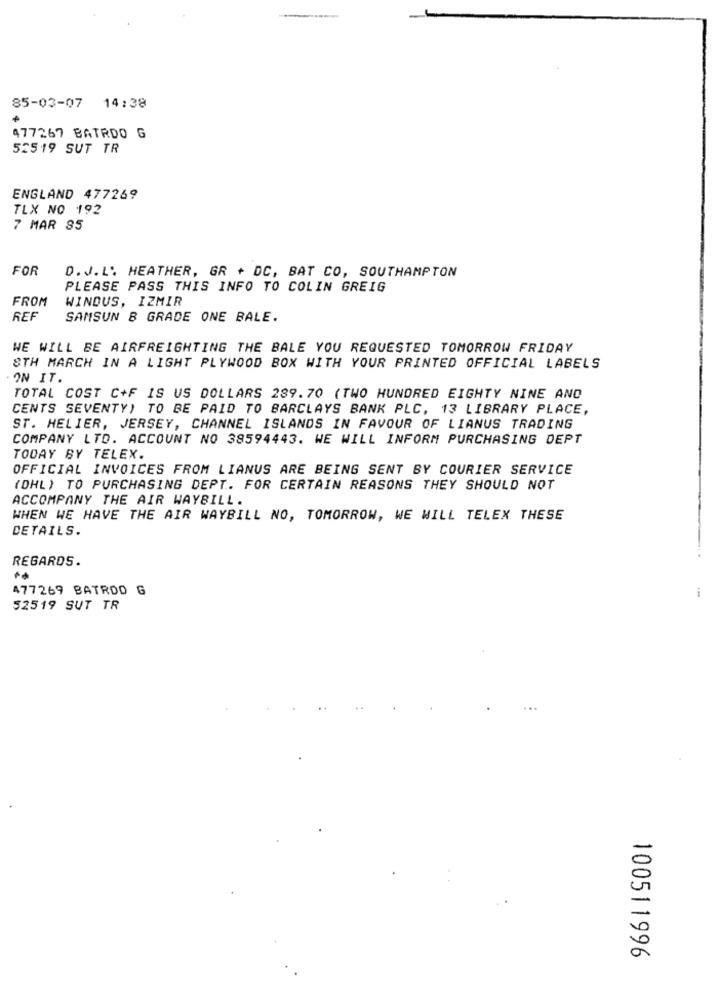
85-03-07 14:38
477267 BATRDO G
52519 SUT TR
ENGLAND 477269
TLX NO 192
7 MAR 85
FOR
D.J.L. HEATHER, GR + DC, BAT CO, SOUTHAMPTON
PLEASE PASS THIS INFO TO COLIN GREIG
FROM
WINDUS, IZMIR
REF
SAMSUN B GRADE ONE BALE.
WE WILL BE AIRFREIGHTING THE BALE YOU REQUESTED TOMORROW FRIDAY
8TH MARCH IN A LIGHT PLYWOOD BOX WITH YOUR PRINTED OFFICIAL LABELS
ON IT.
TOTAL COST C+F IS US DOLLARS 289.70 (TWO HUNDRED EIGHTY NINE AND
CENTS SEVENTY) TO BE PAID TO BARCLAYS BANK PLC, 13 LIBRARY PLACE,
ST. HELIER, JERSEY, CHANNEL ISLANDS IN FAVOUR OF LIANUS TRADING
COMPANY LTD. ACCOUNT NO 38594443. WE WILL INFORM PURCHASING DEPT
TODAY BY TELEX.
OFFICIAL INVOICES FROM LIANUS ARE BEING SENT BY COURIER SERVICE
(DHL) TO PURCHASING DEPT. FOR CERTAIN REASONS THEY SHOULD NOT
ACCOMPANY THE AIR WAYBILL.
WHEN WE HAVE THE AIR WAYBILL NO, TOMORROW, WE WILL TELEX THESE
DETAILS.
REGARDS.
477269 BATROD G
52519 SUT TR
100511996